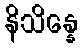
နိသိန္နေ